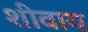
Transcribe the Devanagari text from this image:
शीवाय